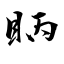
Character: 眪